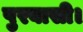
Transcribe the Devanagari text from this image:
पुरबासी।